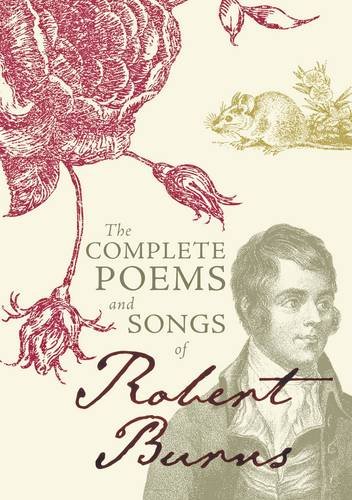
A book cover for Complete Poems and Songs of Robert Burns; Robert Burns; Literature & Fiction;